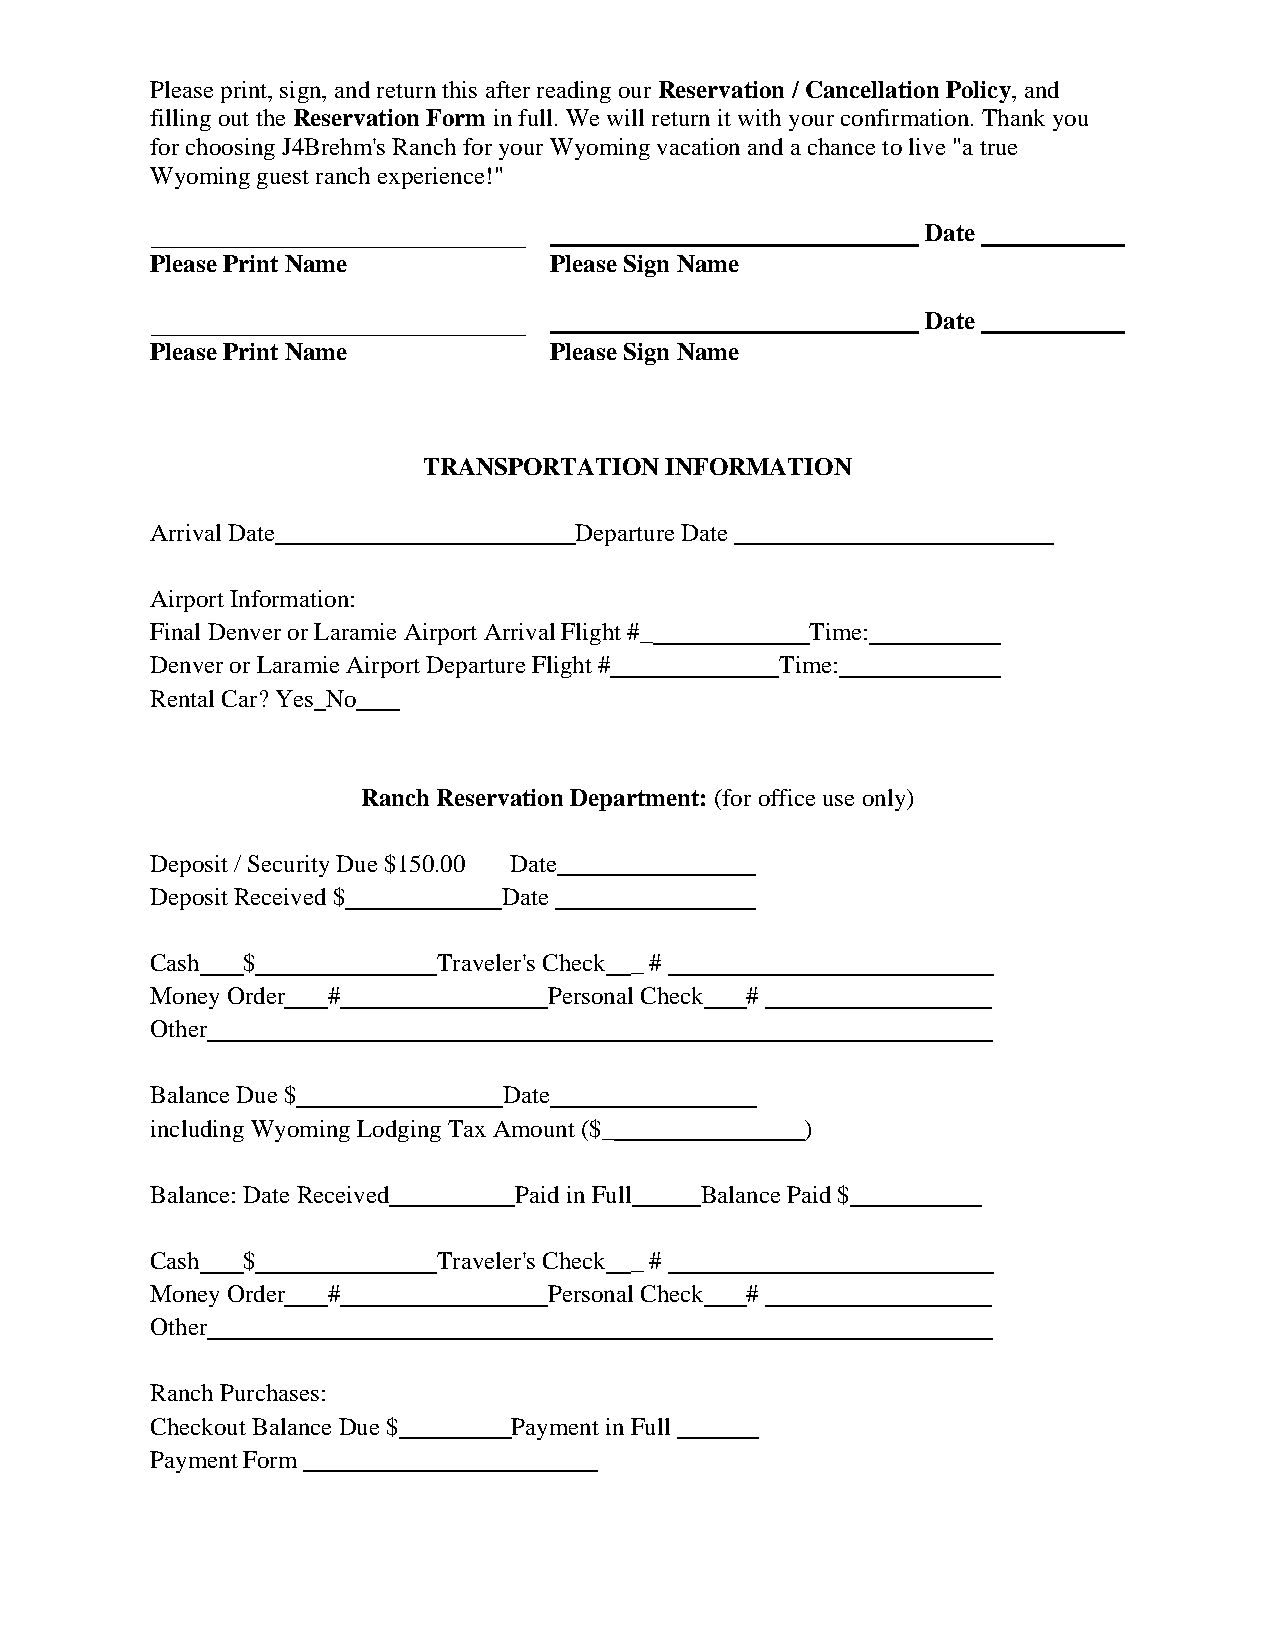
Please print, sign, and return this after reading our Reservation / Cancellation Policy, and
 filling out the Reservation Form in full. We will return it with your confirmation. Thank you
 for choosing J4Brehm's Ranch for your Wyoming vacation and a chance to live "a true
 Wyoming guest ranch experience!"
 Date
 Please Print Name         Please Sign Name
 Date
 Please Print Name         Please Sign Name
 TRANSPORTATION  INFORMATION
 Arrival Date                Departure Date
 Airport Information:
 Final Denver or Laramie Airport Arrival Flight #_ Time:
 Denver or Laramie Airport Departure Flight # Time:
 Rental Car? Yes No
 Ranch Reservation Department: (for office use only)
 Deposit / Security Due $150.00 Date
 Deposit Received $     Date
 Cash  $            Traveler's Check _ #
 Money Order #             Personal Check #
 Other
 Balance Due $          Date
 including Wyoming Lodging Tax Amount ($_   )
 Balance: Date Received  Paid in Full Balance Paid $
 Cash  $            Traveler's Check _ #
 Money Order #             Personal Check #
 Other
 Ranch Purchases:
 Checkout Balance Due $  Payment in Full
 Payment Form